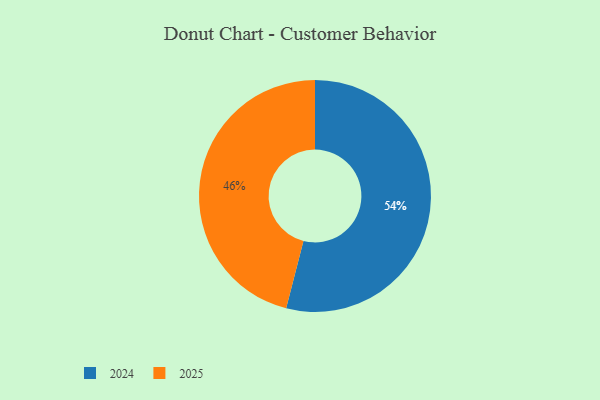
{"axis": {"x": "Category", "y": "Percentage"}, "legend": ["2024", "2025"], "data": [{"x": "2024", "y": 54, "type": "2024"}, {"x": "2025", "y": 46, "type": "2025"}]}